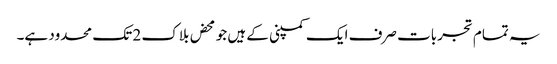
یہ تمام تجربات صرف ایک کمپنی کے ہیں جو محض بلاک 2 تک محدود ہے۔